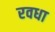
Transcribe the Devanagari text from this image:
रवधा